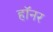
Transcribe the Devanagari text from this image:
हॉनर